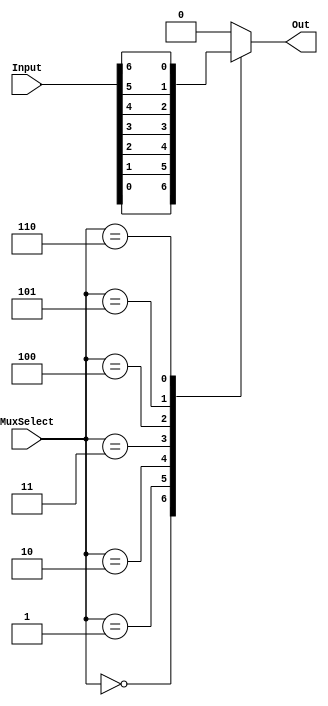
module part1(MuxSelect, Input, Out);
    input [2:0] MuxSelect;
    input [6:0] Input;
    output reg Out;

    always @(*)
    begin
        case(MuxSelect)
            3'b000: Out = Input[0];
            3'b001: Out = Input[1];
            3'b010: Out = Input[2];
            3'b011: Out = Input[3];
            3'b100: Out = Input[4];
            3'b101: Out = Input[5];
            3'b110: Out = Input[6];
            default: Out = 1'b0;
        endcase
    end
endmodule

module mux7to1_top(SW, LEDR);
    input [9:0] SW;
    output [9:0] LEDR;

    part1 m0(.MuxSelect(SW[9:7]), .Input(SW[6:0]), .Out(LEDR[0]));
endmodule